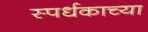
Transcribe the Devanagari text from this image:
स्पर्धकाच्या